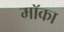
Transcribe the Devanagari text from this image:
मॉका